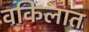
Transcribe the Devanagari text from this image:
वकिलात